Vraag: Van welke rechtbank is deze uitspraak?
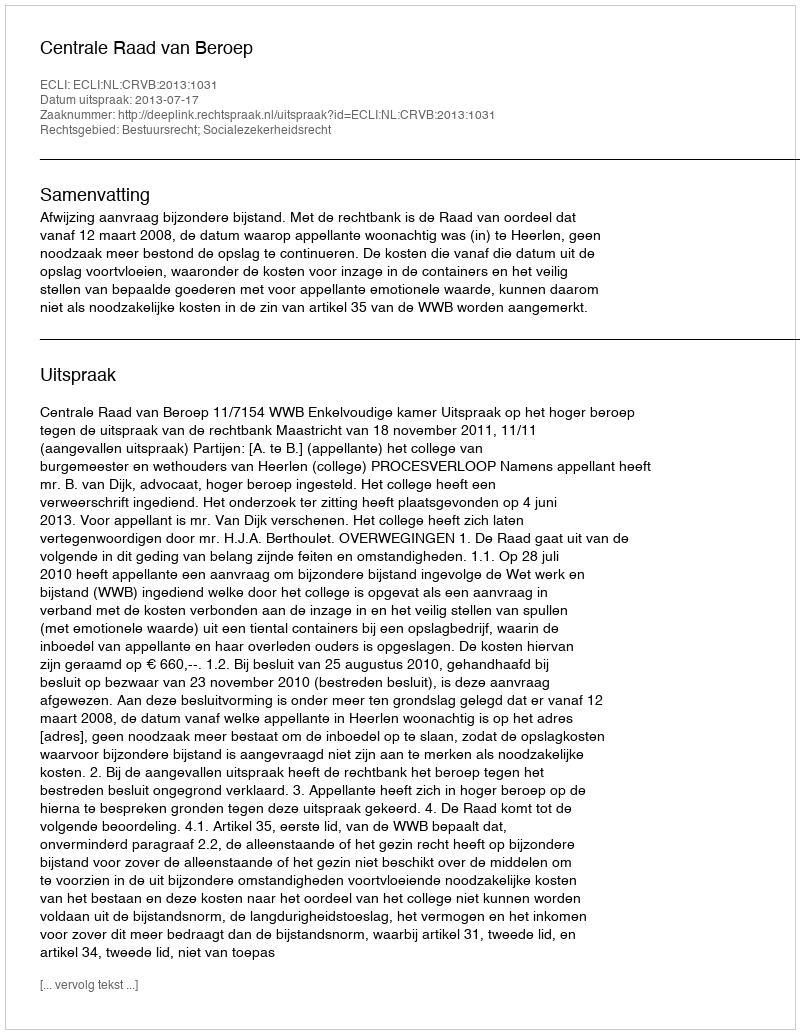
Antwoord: Centrale Raad van Beroep